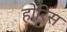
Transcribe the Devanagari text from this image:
होरिस